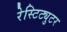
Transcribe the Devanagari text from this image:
रेस्टिट्युटर